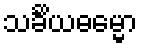
သင်္ခိယဓမ္မော